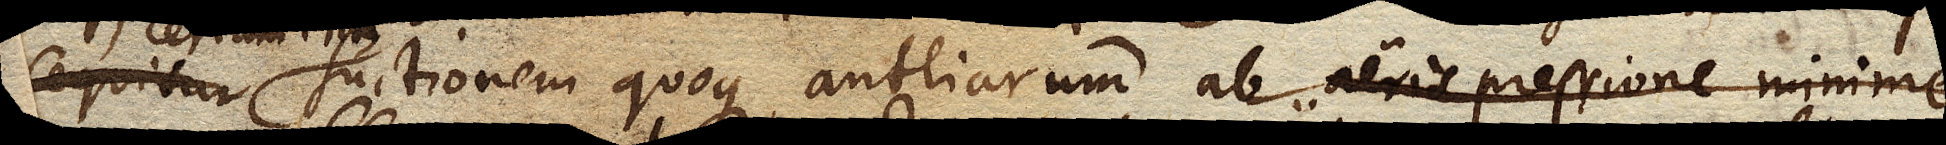
suctionem quoque antliarum ab aeris pressione minime ori